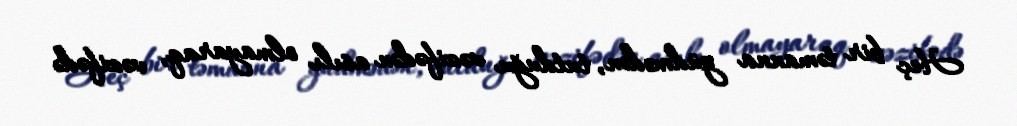
Heç bir təmanna güdmədən, tutduğu vəzifədən asılı olmayaraq, vəzifədə